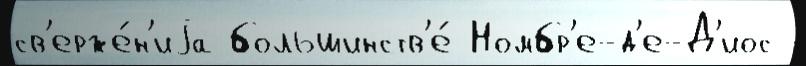
св'ерже́н'иjа большинств'е́ Номбр'е-д'е-Д'иос